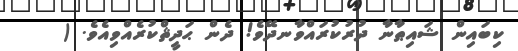
ކިބައިން ޝައިޠާނާ ދުރުކުރައްވާނދޭވެ! ދެން ޙަދީޘްކުރެއްވިއެވެ. (